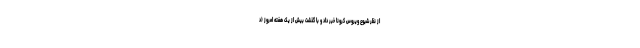
از نظر شیوع ویروس کرونا خبر داد و با گذشت بیش از یک هفته امروز (د